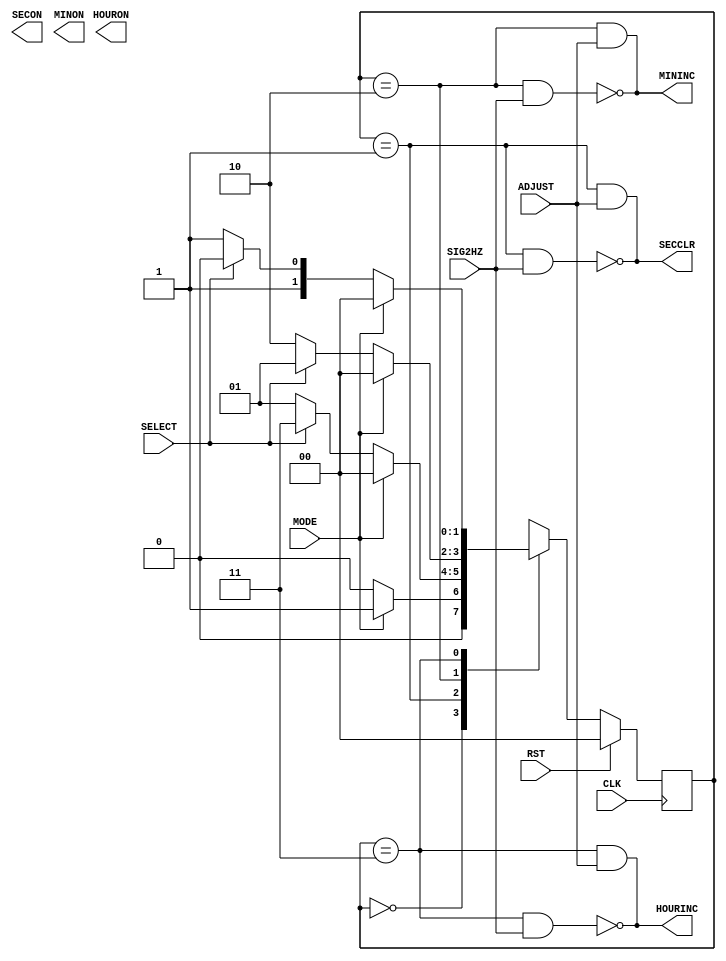
module STATE(
    input   CLK, RST,
    input   SIG2HZ,
    input   MODE, SELECT, ADJUST,
    output  SECCLR, MININC, HOURINC,
    output  SECON, MINON, HOURON
);

/* statemachine */
reg [1:0] cur, nxt;
localparam NORM=2'b00, SEC=2'b01, MIN=2'b10, HOUR=2'b11;

/* timerepair */
assign SECCLR   = (cur==SEC) & ADJUST;
assign MININC   = (cur==MIN) & ADJUST;
assign HOURINC  = (cur==HOUR)& ADJUST;

/* tenmetsu */
assign SECCLR   = ~((cur==SEC) & SIG2HZ);
assign MININC   = ~((cur==MIN) & SIG2HZ);
assign HOURINC  = ~((cur==HOUR)& SIG2HZ);

/* state register */
always @( posedge CLK ) begin
    if( RST )
        cur <= NORM;
    else
        cur <= nxt;
end

/* state generation circuit */
always @* begin
    case( cur )
        NORM:   if (MODE)
                    nxt = SEC;
                else
                    nxt = NORM;
        SEC:    if (MODE)
                    nxt = NORM;
                else if(SELECT)
                    nxt = HOUR;
                else
                    nxt = SEC;
        MIN:    if (MODE)
                    nxt = NORM;
                else if (SELECT)
                    nxt = SEC;
                else
                    nxt = MIN;
        HOUR:   if (MODE)
                    nxt = NORM;
                else if(SELECT)
                    nxt = MIN;
                else
                    nxt = HOUR;
        default:nxt = 2'bxx;
    endcase
end

endmodule